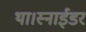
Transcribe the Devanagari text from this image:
था।स्नाईडर